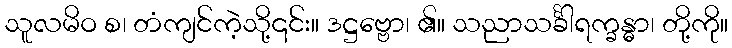
သူလမိဝ စ၊ တံကျင်ကဲ့သို့၎င်း။ ဒဋ္ဌဗ္ဗော၊ ၏။ သညာသင်္ခါရက္ခန္ဓာ၊ တို့ကို။